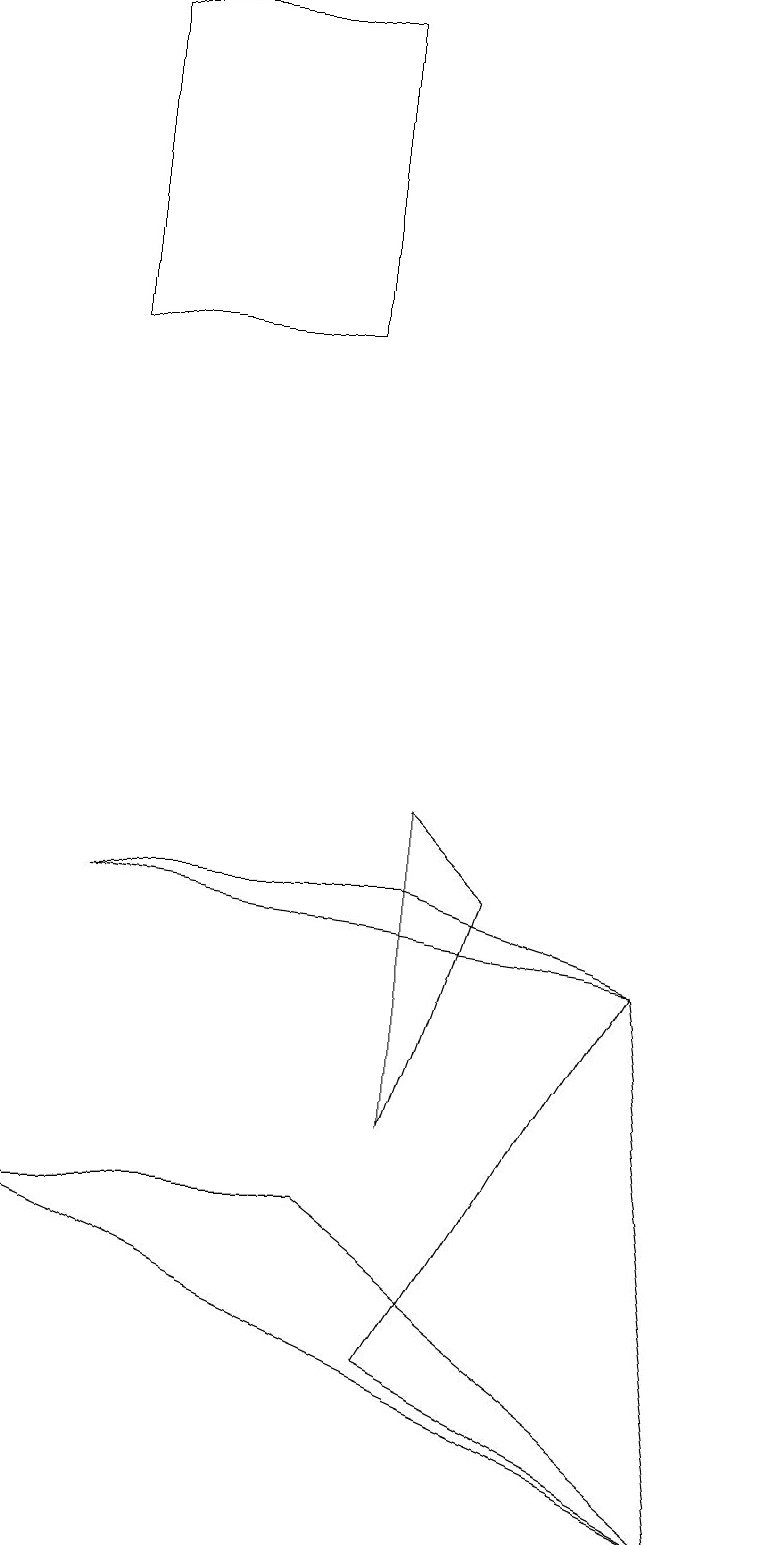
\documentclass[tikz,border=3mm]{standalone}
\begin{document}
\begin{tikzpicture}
\draw (1,19) rectangle (4,15);
\draw (6,8) -- (5,9) -- (5,5) -- cycle;
\draw (8,7) -- (5,2) -- (9,0) -- cycle;
\draw (9,0) -- (0,4) -- (4,4) -- cycle;
\draw (8,7) -- (1,8) -- (5,8) -- cycle;
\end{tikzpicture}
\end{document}